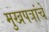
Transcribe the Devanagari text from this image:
मुखपत्रांचे